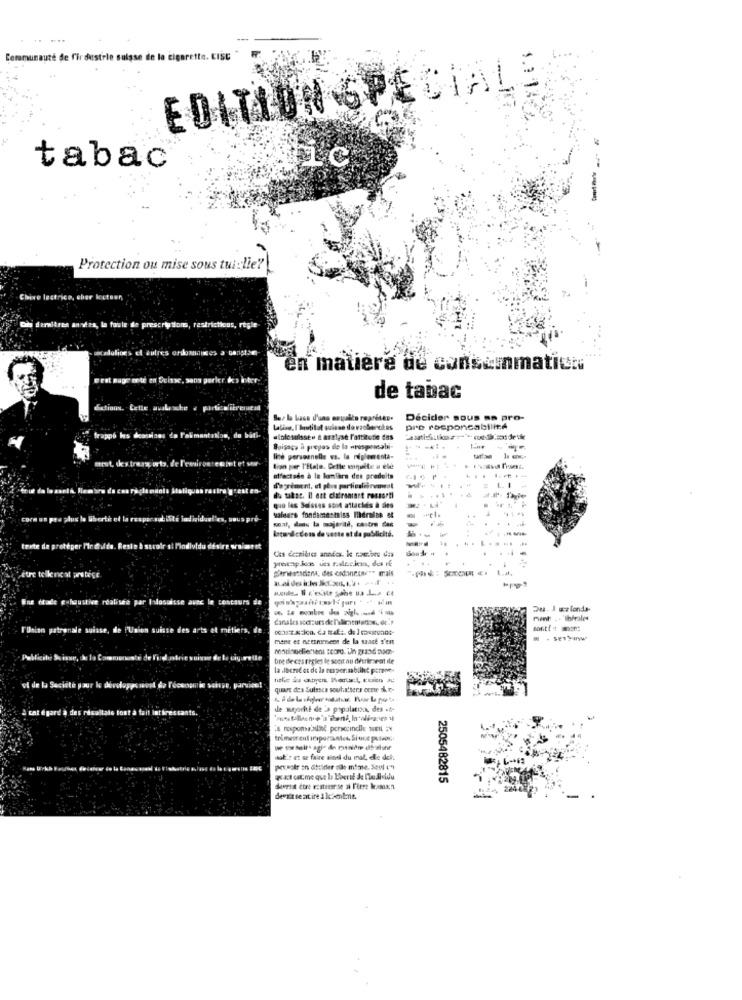
Communauté de l'industrie suisse de la cigarette. CISE
EDITION SPECIALE
ic
tabac®
-
Protection ou mise sous tui : lie?
, restrictik
règle
en matière de consommation
de tabac
dictions.
Décider sous as pro-
pre responsabilité
alolesulsste & analyse l'attitude das
Buisaca a preyos ile la «responsabi-
1 sor-
line personnelle es. la riplementa-
lian per l'Hale. Celle enquite a elde
offactode à la lonlara des produits
L. I
du tabac. Il est clairsmart ressorti
gio les Suisses sont attachés à des
valeurs fondime-miss meralan et
laredcross de veste at de publicité.
-
texte
dde. Re
Bon'Sr #
yocap .jun tes r.slecken, des rf
Sinensdana, des codannone"" mais
ustive réalisée p
Islasuisse
V'Union patronale suisse,
sont! + mont
mene et neetrument de la saade s'en
bre deces regles le soort au détriment ile
quart des Suissca souhaiteras cenie & e.
& recallale tout à fait Intéressants.
de suporte de la population, des it-
trimescent ansporzustos Since pusor.
mole et se faire ainsi du mal. ele del
petestr an dirider sile même. Seul en
2505482815
devrait se at ire i lesonline.